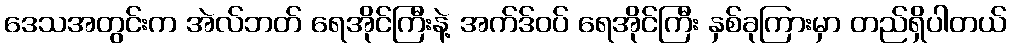
ဒေသအတွင်းက အဲလ်ဘတ် ရေအိုင်ကြီးနဲ့ အက်ဒ်ဝပ် ရေအိုင်ကြီး နှစ်ခုကြားမှာ တည်ရှိပါတယ်